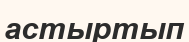
астыртып